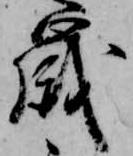
歳